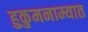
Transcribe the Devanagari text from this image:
हुकुमनाम्यात